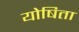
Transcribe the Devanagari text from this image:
योषिता